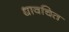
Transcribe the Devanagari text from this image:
धावचित